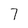
Character: 7